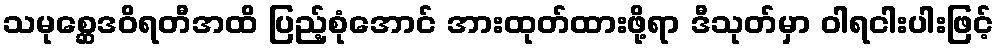
သမုစ္ဆေဒဝိရတီအထိ ပြည့်စုံအောင် အားထုတ်ထားဖို့ရာ ဒီသုတ်မှာ ဝါရငါးပါးဖြင့်